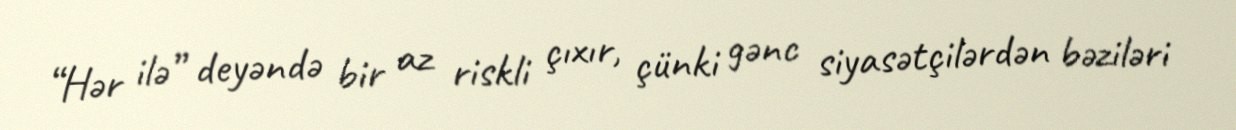
“Hər ilə” deyəndə bir az riskli çıxır, çünki gənc siyasətçilərdən bəziləri